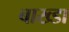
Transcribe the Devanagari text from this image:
बाख्डा